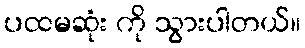
ပထမဆုံး ကို သွားပါတယ်။